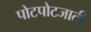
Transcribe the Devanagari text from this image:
पोटपोटजाती